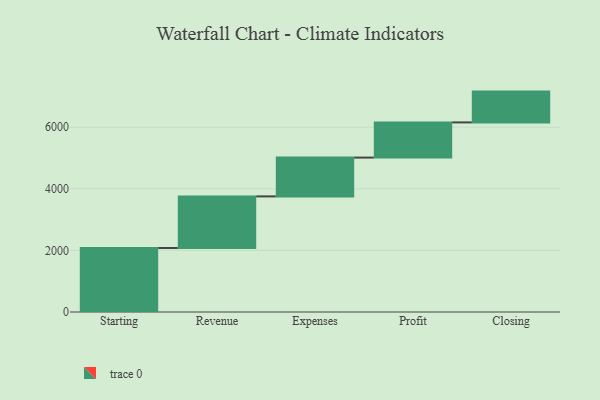
{"axis": {"x": "Step", "y": "Value"}, "legend": [""], "data": [{"x": "Starting", "y": 2079.0, "type": ""}, {"x": "Revenue", "y": 1675.0, "type": ""}, {"x": "Expenses", "y": 1260.0, "type": ""}, {"x": "Profit", "y": 1143.0, "type": ""}, {"x": "Closing", "y": 1000, "type": ""}]}